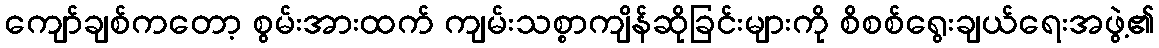
ကျော်ချစ်ကတော့ စွမ်းအားထက် ကျမ်းသစ္စာကျိန်ဆိုခြင်းများကို စိစစ်ရွေးချယ်ရေးအဖွဲ့၏